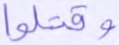
وقتلوا